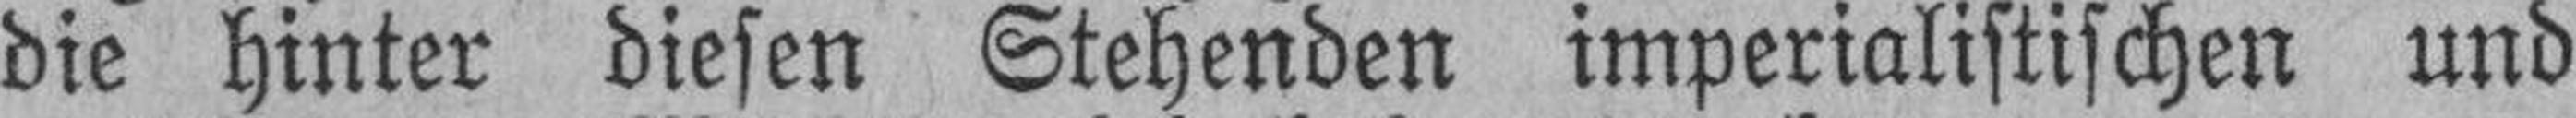
die hinter diesen Stehenden imperialistischen und